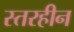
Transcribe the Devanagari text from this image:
स्तरहीन